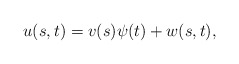
\begin{align*}u(s,t)=v(s)\psi(t)+w(s,t),\end{align*}